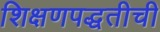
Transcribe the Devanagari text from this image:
शिक्षणपद्धतीची